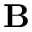
{ \bf B }